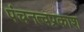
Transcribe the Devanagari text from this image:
पंचनत्वप्रकाश